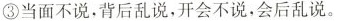
③当面不说，背后乱说，开会不说，会后乱说。